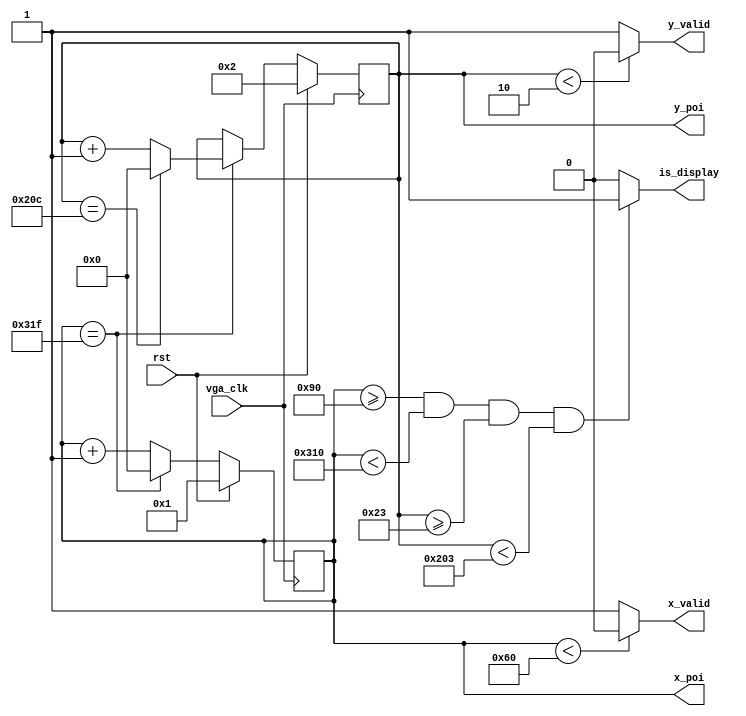
module vga_control(
    input vga_clk,//
    input rst,//
    output reg[11:0] x_poi,//x
    output reg[11:0] y_poi,//y
    output is_display,//
    output x_valid,//`
    output y_valid//
);
    //
    parameter x_sync=11'd96;
    parameter x_before=11'd144;
    parameter x_beside_after=11'd784;
    parameter x_all=11'd800;
    //
    parameter y_sync=11'd2;
    parameter y_before=11'd35;
    parameter y_beside_after=11'd515;
    parameter y_all=11'd525;
    //
    assign is_display=((x_poi>=x_before)&&(x_poi<x_beside_after)&&(y_poi>=y_before)&&(y_poi<y_beside_after))?1:0;//y=480//x=640 // 
    assign x_valid=(x_poi<x_sync)?0:1;//
    assign y_valid=(y_poi<y_sync)?0:1;//
    
    always @ (posedge vga_clk)//
    begin
        if(rst)//
        begin
            x_poi<=1;
            y_poi<=2;
        end
        else
        begin
            if(x_poi==x_all-1)
            begin
                x_poi<=0;
                if(y_poi==y_all-1)
                begin
                    y_poi<=0;
                end
                else
                begin
                    y_poi<=y_poi+1;
                end
            end
            else
            begin
                x_poi<=x_poi+1;
            end
        end
    end
endmodule